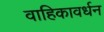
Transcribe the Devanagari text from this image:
वाहिकावर्धन